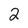
Character: 2